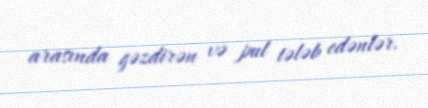
arasında gəzdirən və pul tələb edənlər.